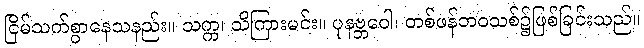
ငြိမ်သက်စွာနေသနည်း။ သက္က၊ သိကြားမင်း။ ပုနဗ္ဘဝေါ၊ တစ်ဖန်ဘဝသစ်၌ဖြစ်ခြင်းသည်။